French and German assistants in Scottish schools and training centres, 1910
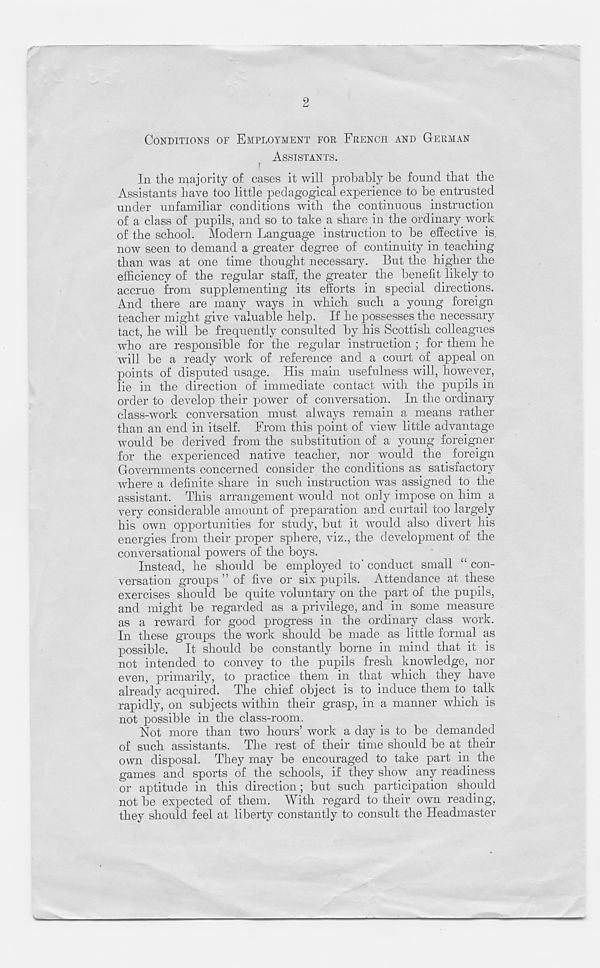
2
CONDITIONS OF EMPLOYMENT FOR FRENCH AND GERMAN
ASSISTANTS.
f
In the majority of cases it will probably be found that the
Assistants have too little pedagogical experience to be entrusted
under unfamiliar conditions with the continuous instruction
of a class of pupils, and so to take a share in the ordinary work
of the school. Modern Language instruction to be effective is.
now seen to demand a greater degree of continuity in teaching
than was at one time thought necessary. But the higher the
efficiency of the regular staff, the greater the benefit likely to
accrue from supplementing its efforts in special directions.
And there are many ways in which such a young foreign
teacher might give valuable help. If he possesses the necessary
tact, he will be frequently consulted by his Scottish colleagues
who are responsible for the regular instruction ; for them he
will be a ready work of reference and a court of appeal on
points of disputed usage. His main usefulness will, however,
lie in the direction of immediate contact with the pupils in
order to develop their power of conversation. In the ordinary
class-work conversation must always remain a means rather
than an end in itself. From this point of view little advantage
would be derived from the substitution of a young foreigner
for the experienced native teacher, nor would the foreign
Governments concerned consider the conditions as satisfactory
where a definite share in such instruction was assigned to the
assistant. This arrangement would not only impose on him a
very considerable amount of preparation and curtail too largely
his own opportunities for study, but it would also divert his
energies from their proper sphere, viz., the development of the
conversational powers of the boys.
Instead, he should be employed to’ conduct small “ con-
versation groups ” of five or six pupils. Attendance at these
exercises should be quite voluntary on the part of the pupils,
and might be regarded as a privilege, and in some measure
as a reward for good progress in the ordinary class work.
In these groups the work should be made as little formal as
possible. It should be constantly borne in mind that it is
not intended to convey to the pupils fresh knowledge, nor
even, primarily, to practice them in that which they have
already acquired. The chief object is to induce them to talk
rapidly, on subjects within their grasp, in a manner which is
not possible in the class-room.
Not more than two hours’ work a day is to be demanded
of such assistants. The rest of their time should be at their
own disposal. They may be encouraged to take part in the
games and sports of the schools, if they show any readiness
or aptitude in this direction; but such participation should
not be expected of them. With regard to their own reading,
they should feel at liberty constantly to consult the Headmaster